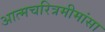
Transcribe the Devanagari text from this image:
अात्मचरित्रमीमांसा